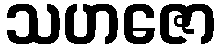
သဟဇော